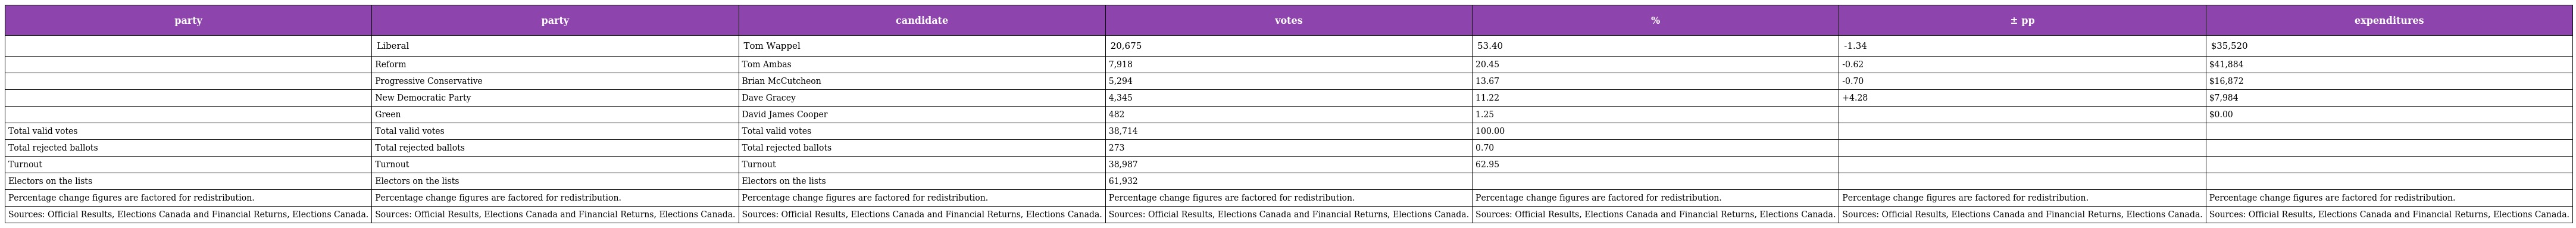
| party | party | candidate | votes | % | ± pp | expenditures |
 | --- | --- | --- | --- | --- | --- | --- |
 |  | Liberal | Tom Wappel | 20,675 | 53.40 | -1.34 | $35,520 |
 |  | Reform | Tom Ambas | 7,918 | 20.45 | -0.62 | $41,884 |
 |  | Progressive Conservative | Brian McCutcheon | 5,294 | 13.67 | -0.70 | $16,872 |
 |  | New Democratic Party | Dave Gracey | 4,345 | 11.22 | +4.28 | $7,984 |
 |  | Green | David James Cooper | 482 | 1.25 |  | $0.00 |
 | Total valid votes | Total valid votes | Total valid votes | 38,714 | 100.00 |  |  |
 | Total rejected ballots | Total rejected ballots | Total rejected ballots | 273 | 0.70 |  |  |
 | Turnout | Turnout | Turnout | 38,987 | 62.95 |  |  |
 | Electors on the lists | Electors on the lists | Electors on the lists | 61,932 |  |  |  |
 | Percentage change figures are factored for redistribution. | Percentage change figures are factored for redistribution. | Percentage change figures are factored for redistribution. | Percentage change figures are factored for redistribution. | Percentage change figures are factored for redistribution. | Percentage change figures are factored for redistribution. | Percentage change figures are factored for redistribution. |
 | Sources: Official Results, Elections Canada and Financial Returns, Elections Canada. | Sources: Official Results, Elections Canada and Financial Returns, Elections Canada. | Sources: Official Results, Elections Canada and Financial Returns, Elections Canada. | Sources: Official Results, Elections Canada and Financial Returns, Elections Canada. | Sources: Official Results, Elections Canada and Financial Returns, Elections Canada. | Sources: Official Results, Elections Canada and Financial Returns, Elections Canada. | Sources: Official Results, Elections Canada and Financial Returns, Elections Canada. |